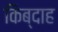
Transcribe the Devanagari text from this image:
किब्दाह